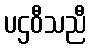
ပဌဝီသညီ